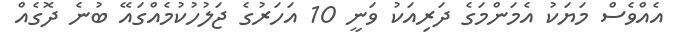
އެއްވެސް މަޔަކު އެމަންމަގެ ދަރިއަކު ވަނީ 10 އަހަރުގެ ޖަލުހުކުމެއްގައޭ ބުނެ ދޮގެއް